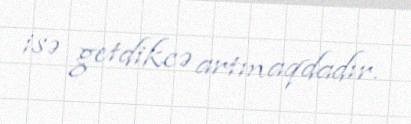
isə getdikcə artmaqdadır.